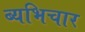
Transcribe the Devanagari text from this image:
ब्यभिचार